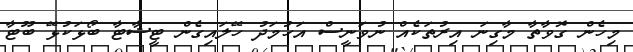
މިހެން ގޮވާތާ މާގިނަ އިރުތަކެއް ނުވަނީސް އަހުމަދު ހޭލައިގެން ޓީޝާޓާ ބޯޅަކުޅޭ ބޫޓާ